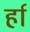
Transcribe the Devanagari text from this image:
र्हा